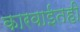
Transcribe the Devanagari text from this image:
कारवाईतही